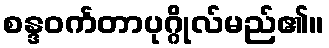
စန္ဒဝင်္ကတာပုဂ္ဂိုလ်မည်၏။